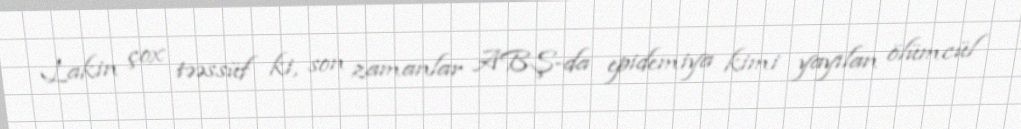
Lakin çox təəssüf ki, son zamanlar ABŞ-da epidemiya kimi yayılan ölümcül